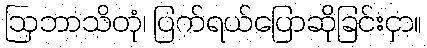
ဩဘာသိတုံ၊ ပြက်ရယ်ပြောဆိုခြင်းငှာ။